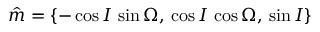
\boldsymbol { \hat { m } } = \left\{ - \cos I \, \sin \Omega , \, \cos I \, \cos \Omega , \, \sin I \right\}